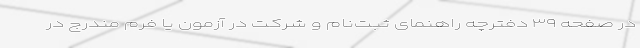
در صفحه ۳۹ دفترچه راهنمای ثبت‌نام و شرکت در آزمون یا فرم مندرج در